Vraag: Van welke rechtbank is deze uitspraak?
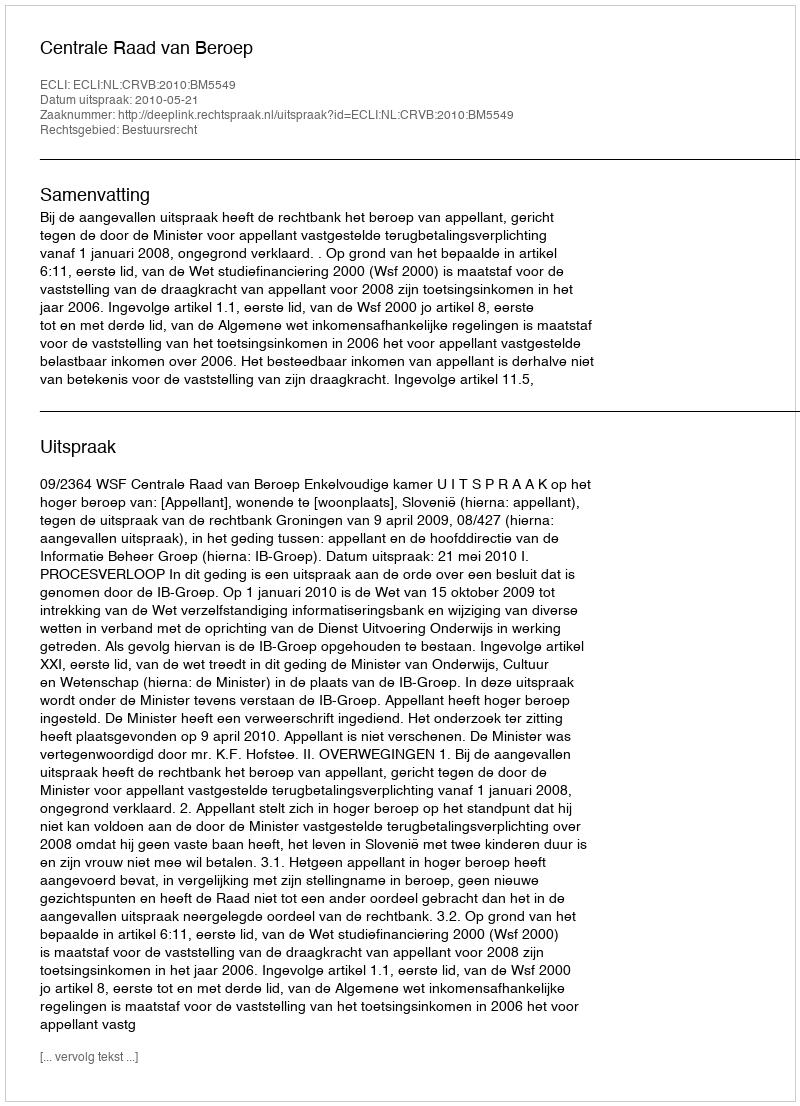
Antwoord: Centrale Raad van Beroep